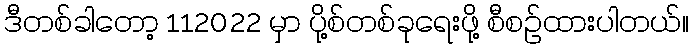
ဒီတစ်ခါတော့ 112022 မှာ ပို့စ်တစ်ခုရေးဖို့ စီစဉ်ထားပါတယ်။